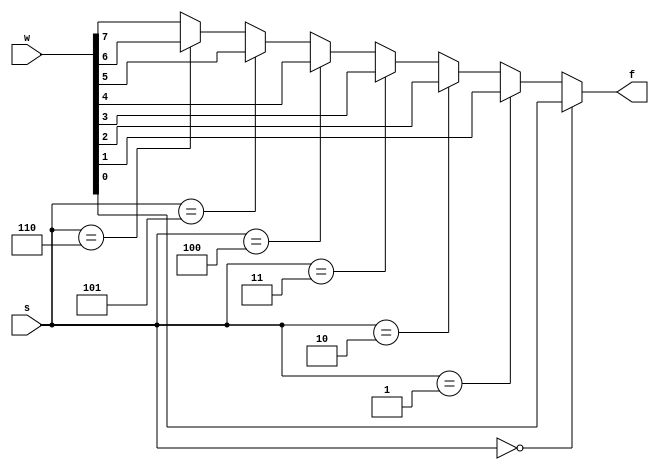
module q5(s ,w ,f);
input [2:0]s;
input [7:0]w;
output f;
reg f;
always @(s or w)
	begin
		if(s == 0)
				f = w[0];
		else if(s == 1)
			    f = w[1];
		else if(s == 2)
				f = w[2];
		else if(s == 3)
				f = w[3];
		else if(s == 4)
				f = w[4];
		else if(s == 5)
				f = w[5];
		else if(s == 6)
				f = w[6];
		else
				f = w[7];
			end
endmodule